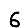
Digit: 6